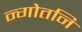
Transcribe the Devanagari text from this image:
न्गोतनि